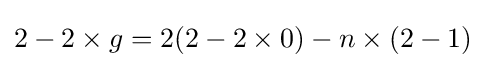
2-2\times g=2(2-2\times 0)-n\times (2-1)